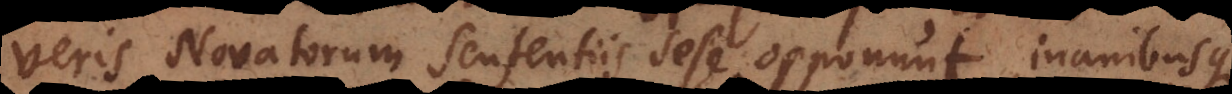
veris Novatorum sententiis sese opponunt inanibusque